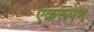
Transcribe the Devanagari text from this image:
एकरूपेण